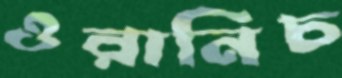
ওরানিচ